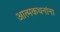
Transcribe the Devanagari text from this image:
आत्मकथनांना